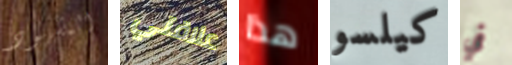
المشهود علاقتي هذا كيلسو في